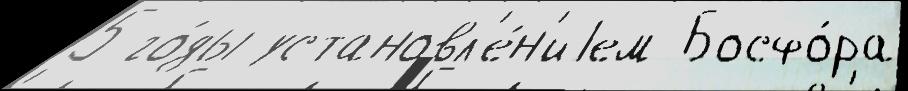
5 го́ды установл'е́н'иjем Босфо́ра